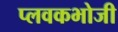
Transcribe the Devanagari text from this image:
प्लवकभोजी